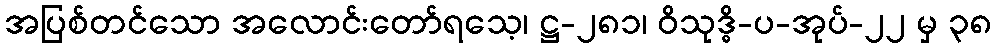
အပြစ်တင်သော အလောင်းတော်ရသေ့၊ ဋ္ဌ-၂၈၁၊ ဝိသုဒ္ဓိ-ပ-အုပ်-၂၂ မှ ၃၈